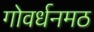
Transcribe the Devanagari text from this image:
गोवर्धनमठ